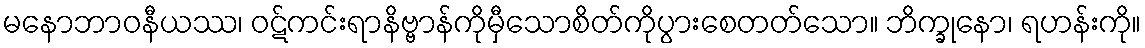
မနောဘာဝနီယဿ၊ ဝဋ်ကင်းရာနိဗ္ဗာန်ကိုမှီသောစိတ်ကိုပွားစေတတ်သော။ ဘိက္ခုနော၊ ရဟန်းကို။